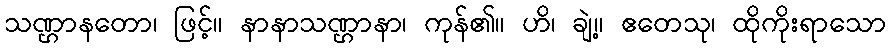
သဏ္ဌာနတော၊ ဖြင့်။ နာနာသဏ္ဌာနာ၊ ကုန်၏။ ဟိ၊ ချဲ့။ ဧတေသု၊ ထိုကိုးရာသော